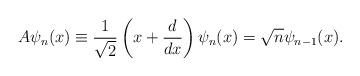
LaTeX: \begin{align*}A\psi_n(x)\equiv\frac{1}{\sqrt{2}}\left(x+\frac{d}{dx}\right)\psi_n(x)=\sqrt{n}\psi_{n-1}(x).\end{align*}